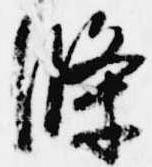
条